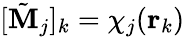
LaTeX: [\tilde{\textbf{M}}_{j}]_{k}=\chi_{j}(\textbf{r}_{k})